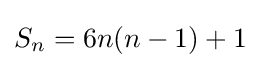
S_{n}=6n(n-1)+1